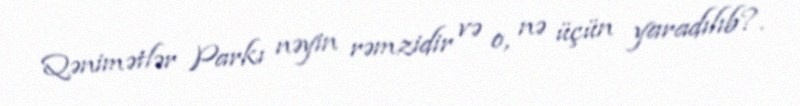
Qənimətlər Parkı nəyin rəmzidir və o, nə üçün yaradılıb?.